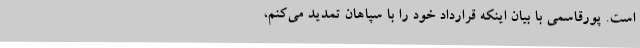
است. پورقاسمی با بیان اینکه قرارداد خود را با سپاهان تمدید می‌کنم،